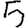
Digit: 5